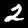
Label: 2